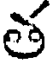
త